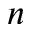
n